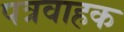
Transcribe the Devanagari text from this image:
पत्रवाहक